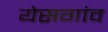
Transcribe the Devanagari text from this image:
येसगांव